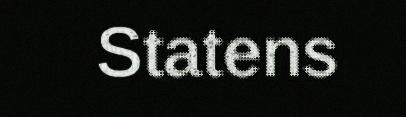
Statens